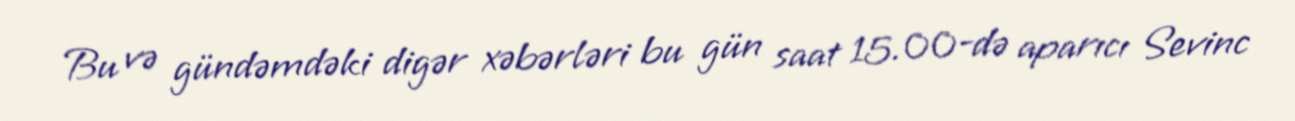
Bu və gündəmdəki digər xəbərləri bu gün saat 15.00-də aparıcı Sevinc